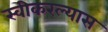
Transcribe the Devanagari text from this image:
स्वीकरल्यास